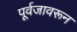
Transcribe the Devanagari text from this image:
पूर्वजावरून